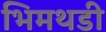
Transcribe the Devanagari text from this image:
भिमथडी